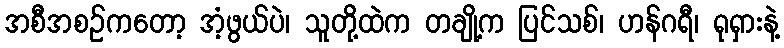
အစီအစဉ်ကတော့ အံ့ဖွယ်ပဲ၊ သူတို့ထဲက တချို့က ပြင်သစ်၊ ဟန်ဂရီ၊ ရုရှားနဲ့